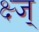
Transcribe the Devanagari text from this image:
क्ष्ज्